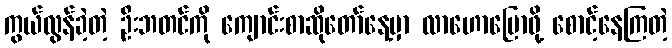
ကွယ်လွန်ခဲ့တဲ့ ဦးဘတင်ကို ကျောင်းစာဆိုတော်နေ့မှာ လာဟောပြောဖို့ စောင့်နေကြတဲ့